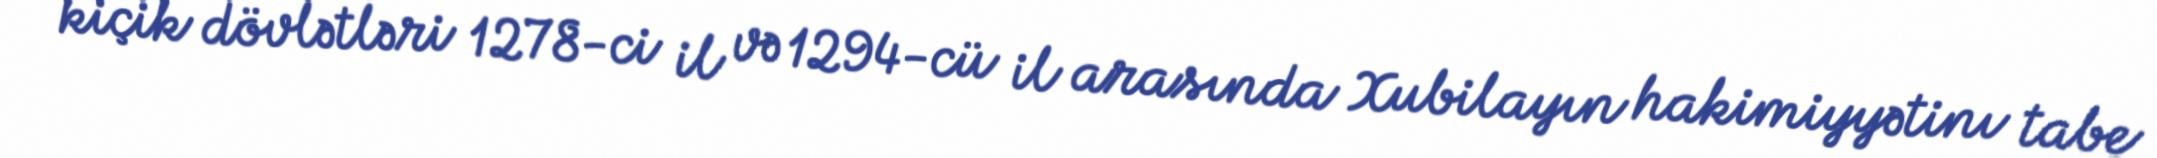
kiçik dövlətləri 1278-ci il və 1294-cü il arasında Xubilayın hakimiyyətinı tabe